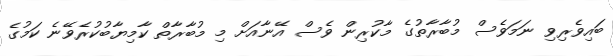
ބައިވެރިވި ނަމަވެސް މުބާރާތުގެ މާކުރިން ވެސް އޭނާއަށް މި މުބާރާތް ކާމިޔާބުކުރެވޭނެ ކަމުގެ